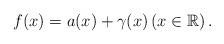
LaTeX: \begin{align*} f(x)=a(x)+\gamma(x) \left(x\in \mathbb{R}\right). \end{align*}